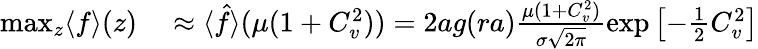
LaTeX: \begin{array}{rl}{\operatorname*{max}_{z}\langle f\rangle(z)}&{{}\approx\langle\hat{f}\rangle(\mu(1+C_{v}^{2}))=2ag(ra)\frac{\mu(1+C_{v}^{2})}{\sigma\sqrt{2\pi}}\exp\left[-\frac{1}{2}C_{v}^{2}\right]}\end{array}